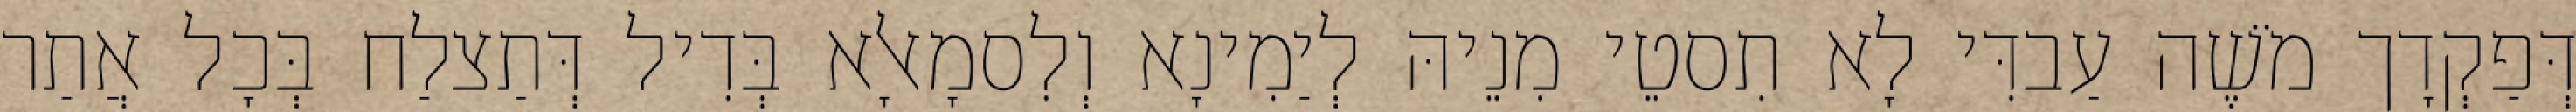
דְּפַקְדָך מֹשֶׁה עַבדִּי לָא תִסטֵי מִנֵיהּ לְיַמִינָא וְלִסמָאלָא בְּדִיל דְּתַצלַח בְּכָל אֲתַר